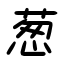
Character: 葱